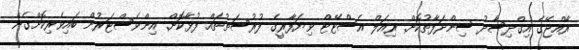
ރާއްޖޭގެ އިގްދިސާދު ސިންދަފާތުކޮށް